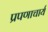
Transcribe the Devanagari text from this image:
प्रपणाचार्य